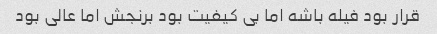
قرار بود فیله باشه اما بی کیفیت بود برنجش اما عالی بود